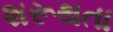
શરૂથતા